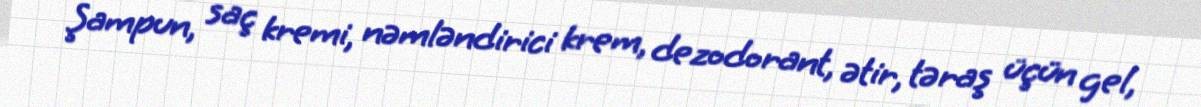
Şampun, saç kremi, nəmləndirici krem, dezodorant, ətir, təraş üçün gel,